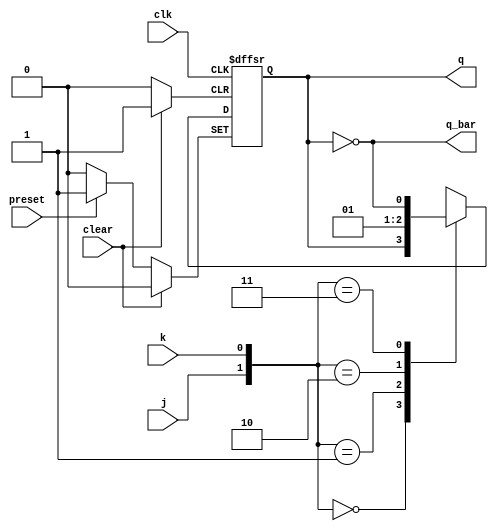
/* Implementation of a JK flip-flop with clear and preset inputs */

module jk_flip_flop
(
	input wire  j, k, clk, clear, preset,
	output reg  q, 
	output wire q_bar
);

	always @ (posedge clk or posedge clear or posedge preset) begin
		if (clear) begin
			q <= 0;
		end
		else if (preset) begin
			q <= 1;
		end
		else begin
			case ({j,k})
				2'b00: q <= q;
				2'b01: q <= 0;
				2'b10: q <= 1;
				2'b11: q <= ~q;
			endcase
		end
	end
	
	assign q_bar = ~q;

endmodule